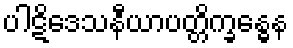
ပါဋိဒေသနီယာပတ္တိက္ခန္ဓေန